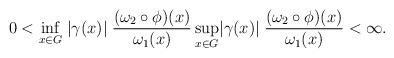
LaTeX: \begin{align*}0<\inf_{x\in G}\;\lvert\gamma(x)\rvert\;\frac{(\omega_2\circ\phi)(x)}{\omega_1(x)} \sup_{x\in G}\lvert\gamma(x)\rvert\;\frac{(\omega_2\circ\phi)(x)}{\omega_1(x)}<\infty.\end{align*}